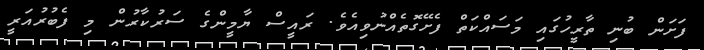
ފަށަން ބުނި ތާރީހުގައި މަސައްކަތް ފެށޭގޮތެއްނުވިއެވެ. ރައީސް ޔާމީންގެ ސަރުކާރުން މި ފެބުރުއަރީ